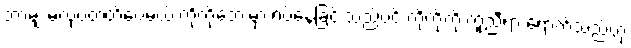
ဘာမျှ မလုပ်တတ်ပေမယ့် ကိုကို့ဘေးမှာ ရပ်နေခြင်းသည်ပင် ကိုကို့ကို ကူညီရာ ရောက်သည်ဟု